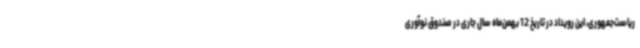
ریاست‌جمهوری، این رویداد در تاریخ 12 بهمن‌ماه سال جاری در صندوق نوآوری